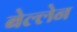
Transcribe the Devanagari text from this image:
बेल्लेन